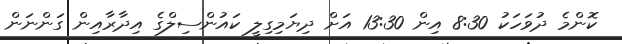
ކޮންމެ ދުވަހަކު 8:30 އިން 13:30 އަށް ދިޔަމިގިލީ ކައުންސިލްގެ އިދާރާއިން ގަންނަން